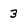
Character: 3